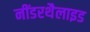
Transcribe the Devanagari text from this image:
नींडरथैलाइड